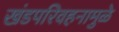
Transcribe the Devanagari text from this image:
खंडपरिवहनामुळे